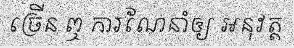
ច្រើន ឮ ការណែនាំឲ្យ អនុវត្ត